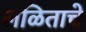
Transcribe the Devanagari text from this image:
लळिताचे